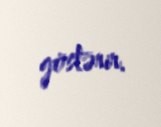
göstərir.